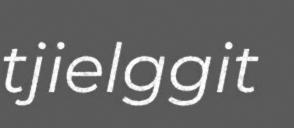
tjielggit